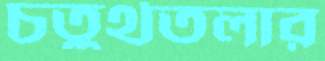
চতুর্থতলার